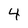
Character: 4